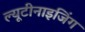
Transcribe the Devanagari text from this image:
ल्यूटीनाइजिंग